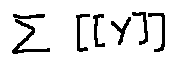
\sum [ [ Y ] ]